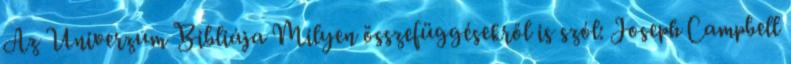
Az Univerzum Bibliája Milyen összefüggésekről is szól: Joseph Campbell